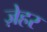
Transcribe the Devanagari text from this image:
ज़ेहर